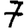
Digit: 7